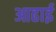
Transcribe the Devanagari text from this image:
आढाई